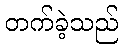
တက်ခဲ့သည်